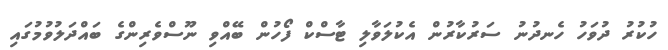
ހުކުރު ދުވަހު ހެނދުނު ސަރުކާރުން އެކުލަވާލި ޓާސްކް ފޯހުން ބޭއްވި ނޫސްވެރިންގެ ބައްދަލުވުމުގައި